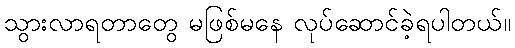
သွားလာရတာတွေ မဖြစ်မနေ လုပ်ဆောင်ခဲ့ရပါတယ်။